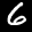
Label: 6